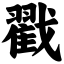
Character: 戳